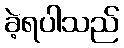
ခဲ့ရပါသည်